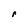
Character: r